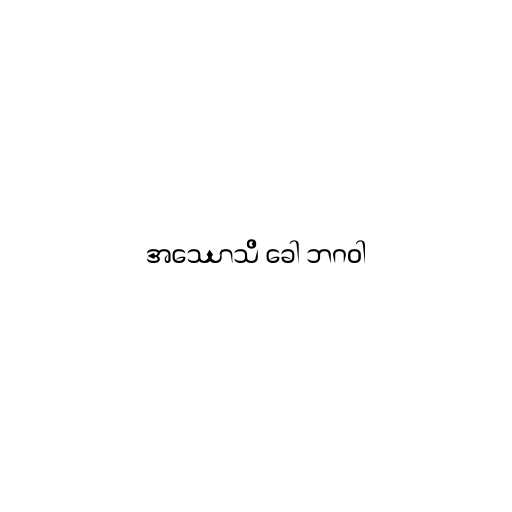
အဿောသိ ခေါ ဘဂဝါ